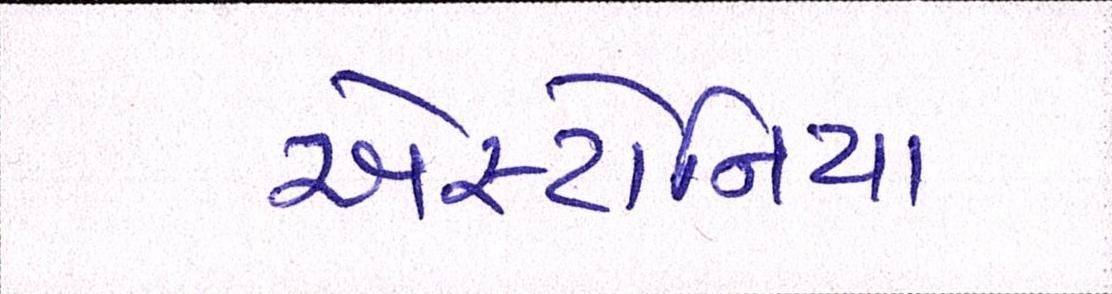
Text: એસ્ટોનિયા